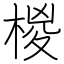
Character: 椶